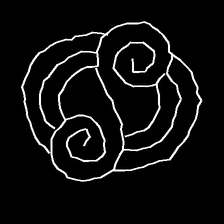
Glyph: wind-underfoot